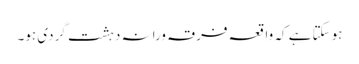
ہوسکتا ہے کہ واقعہ فرقہ ورانہ دہشت گردی ہو۔